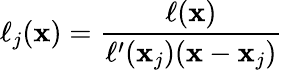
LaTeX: \ell_{j}(\mathbf{x})={\frac{{\ell(\mathbf{x})}}{{\ell^{\prime}(\mathbf{x}_{j})(\mathbf{x}-\mathbf{x}_{j})}}}